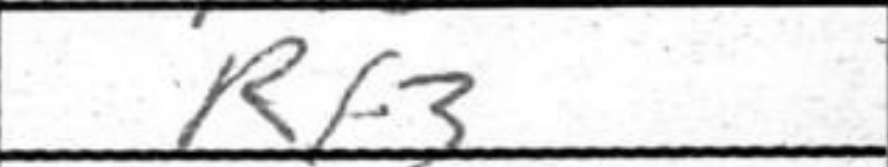
Transcription: Rf3